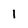
Character: 1